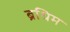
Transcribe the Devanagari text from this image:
ब्रधिम